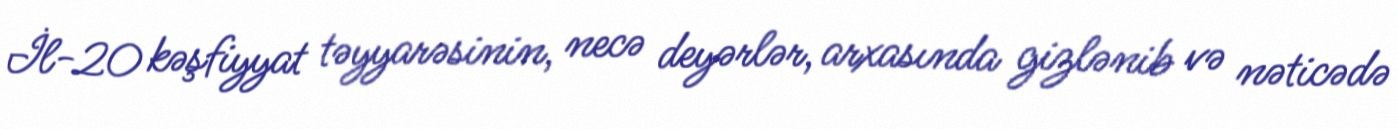
İl-20 kəşfiyyat təyyarəsinin, necə deyərlər, arxasında gizlənib və nəticədə